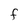
Character: f